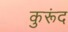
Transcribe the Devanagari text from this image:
कुरूंद